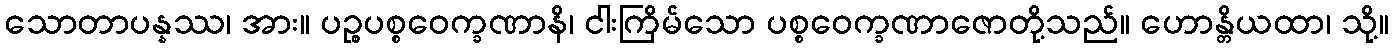
သောတာပန္နဿ၊ အား။ ပဉ္စပစ္စဝေက္ခဏာနိ၊ ငါးကြိမ်သော ပစ္စဝေက္ခဏာဇောတို့သည်။ ဟောန္တိယထာ၊ သို့။